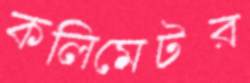
কলিমেটর